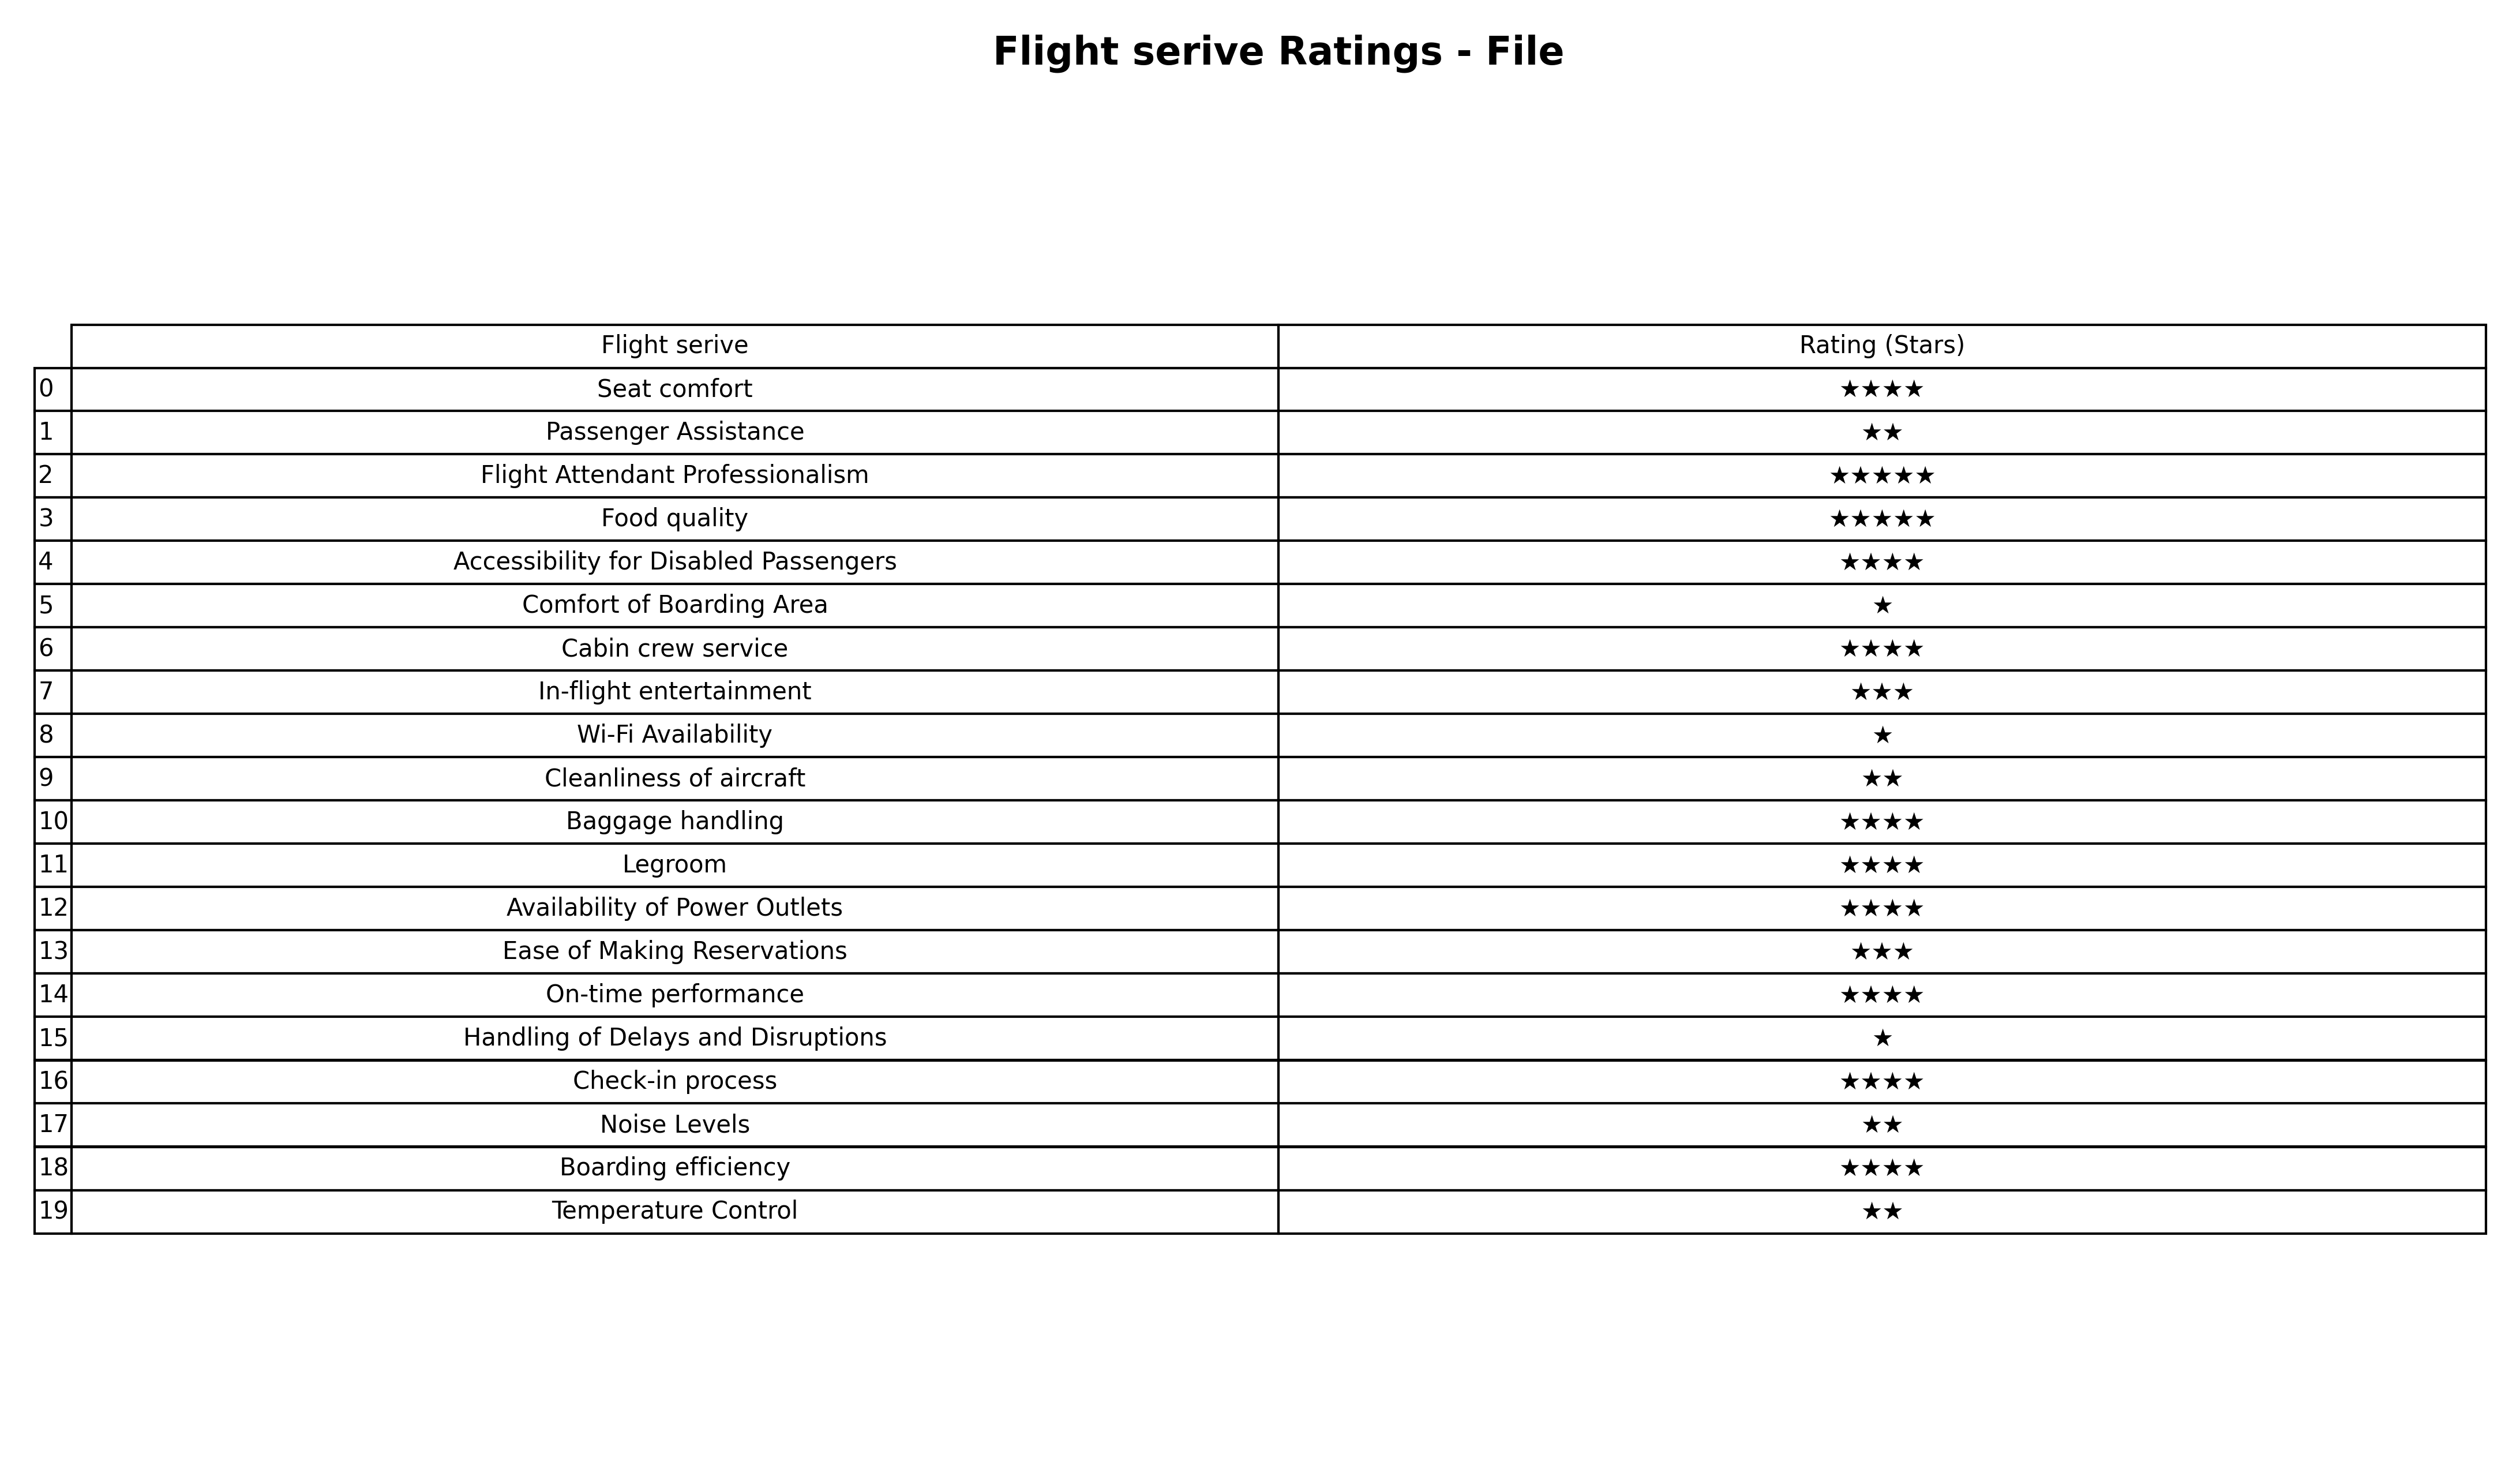
question: What is the rating of Food quality?
answer: ★★★★★